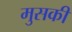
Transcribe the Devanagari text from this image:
मुसकी